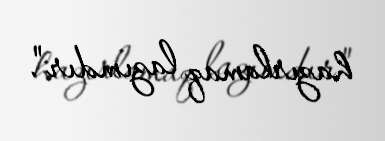
hazırlamaq lazımdır".